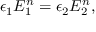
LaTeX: \epsilon _ { 1 } E _ { 1 } ^ { n } = \epsilon _ { 2 } E _ { 2 } ^ { n } ,